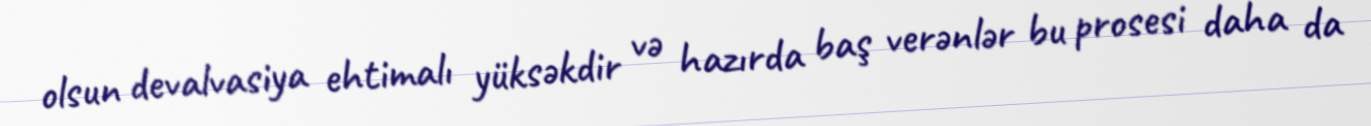
olsun devalvasiya ehtimalı yüksəkdir və hazırda baş verənlər bu prosesi daha da